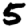
Digit: 5